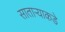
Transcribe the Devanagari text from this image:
साताऱ्याकडे